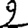
Digit: 2